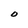
Character: O